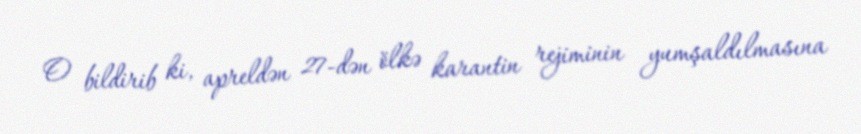
O bildirib ki, apreldən 27-dən ölkə karantin rejiminin yumşaldılmasına